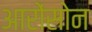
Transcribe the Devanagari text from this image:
आरोंसोन